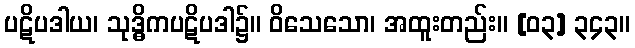
ပဋိပဒါယ၊ သုဒ္ဓိကပဋိပဒါ၌။ ဝိသေသော၊ အထူးတည်း။ [၀၃] ၃၄၃။